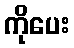
ကိုပေး